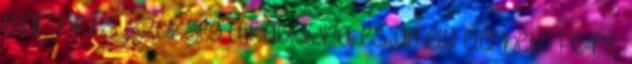
már nincs szükség a havidíjra, és amely elérhető PC-re,